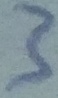
Text: 3